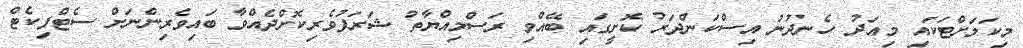
މިކަމަށްޓަކައި މިއަދު ހެނދުނު އިސްކަންދަރު ކޮށީގައި ބޭއްވި ރަސްމިއްޔާތު ޝަރަފުވެރިކޮށްދެއްވާ ބައިވެރިންނަށް ސެޓްފިކެޓް